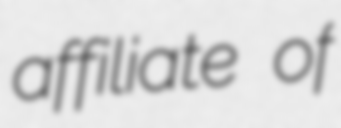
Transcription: affiliate of